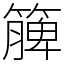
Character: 簲